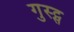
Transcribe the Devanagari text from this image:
गुस्ट्स